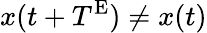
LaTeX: x(t+T^{\textnormal{E}})\neq x(t)